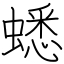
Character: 蟋